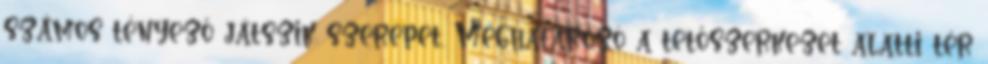
számos tényező játszik szerepet. Meghatározó a tetőszerkezet alatti tér